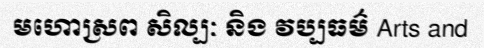
មហោស្រព សិល្បៈ និង វប្បធម៌ Arts and